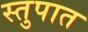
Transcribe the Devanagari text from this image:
स्तुपात